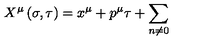
X ^ { \mu } \left( \sigma , \tau \right) = x ^ { \mu } + p ^ { \mu } \tau + \sum _ { n \neq 0 }